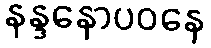
နန္ဒနောပဝနေ